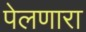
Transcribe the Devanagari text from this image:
पेलणारा